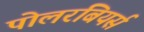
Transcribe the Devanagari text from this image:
पोलरबियर्स